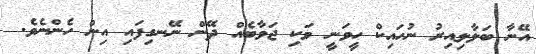
އޭނާ ބަލާލިއިރު ނުހައިކް ހީވަނީ ވަކި ޖަވާބެއް ދޭން ނޭނގިފައި އިން ހެންނެވެ.